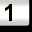
Digit: 1